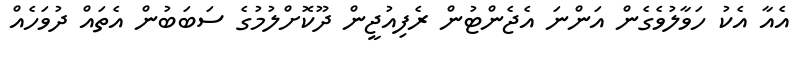
އެއާ އެކު ހަވާލުވެގެން އަންނަ އެޖެންޓުން ރެފިއުޖީން ދޫކޮށްލުމުގެ ސަބަބުން އެތައް ދުވަހެއް